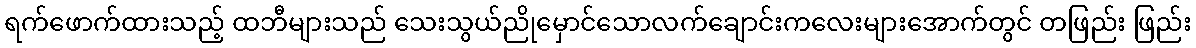
ရက်ဖောက်ထားသည့် ထဘီများသည် သေးသွယ်ညိုမှောင်သောလက်ချောင်းကလေးများအောက်တွင် တဖြည်း ဖြည်း